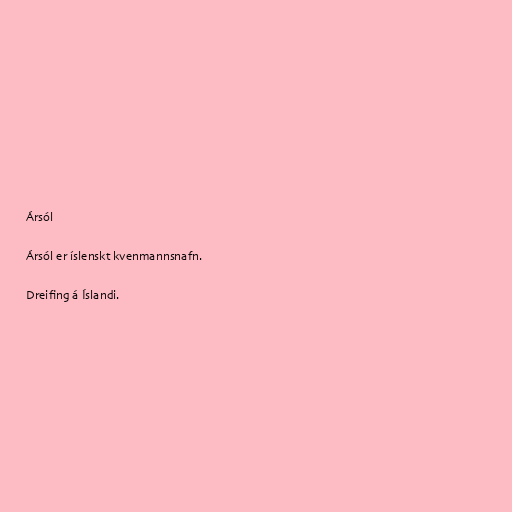
Ársól

Ársól er íslenskt kvenmannsnafn.

Dreifing á Íslandi.